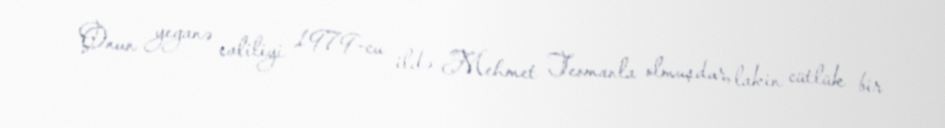
Onun yeganə evliliyi 1979-cu ildə Mehmet Teomanla olmuşdur, lakin cütlük bir